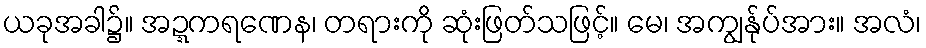
ယခုအခါ၌။ အဍ္ဍကရဏေန၊ တရားကို ဆုံးဖြတ်သဖြင့်။ မေ၊ အကျွန်ုပ်အား။ အလံ၊